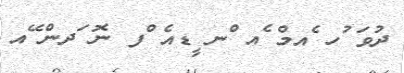
ދުވަ ުހ ެއމް ެއ ްނ ީޑއެ ްފ ނޮ ަދން ޭއ